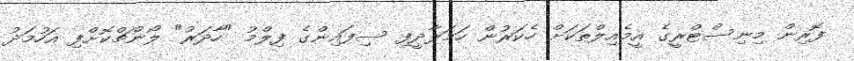
ފޮރިން މިނިސްޓްރީގެ އީމެއިލްތަކަށް ހެކަރުން ހަމަލާދީފި ސިފައިންގެ ފިލްމު "ހާދަރު" ލޯންޗްކޮށްފި އަހުމަދު